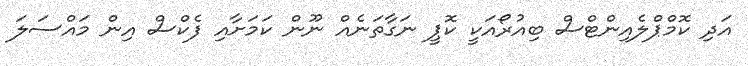
އަދި ކޮމްޕްލެއިންޓްސް ބިއުރޯއަކީ ކޮޕީ ނަގާތަނެއް ނޫން ކަމަށާއި ފެކްސް އިން މައްސަލަ